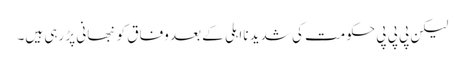
لیکن پی پی پی حکومت کی شدید نااہلی کے بعد وفاق کو نبھانی پڑ رہی ہیں۔